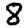
Digit: 8